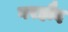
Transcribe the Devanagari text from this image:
गरहौद